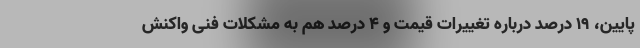
‌پایین، ۱۹ درصد درباره تغییرات قیمت و ۴ درصد هم به مشکلات فنی واکنش